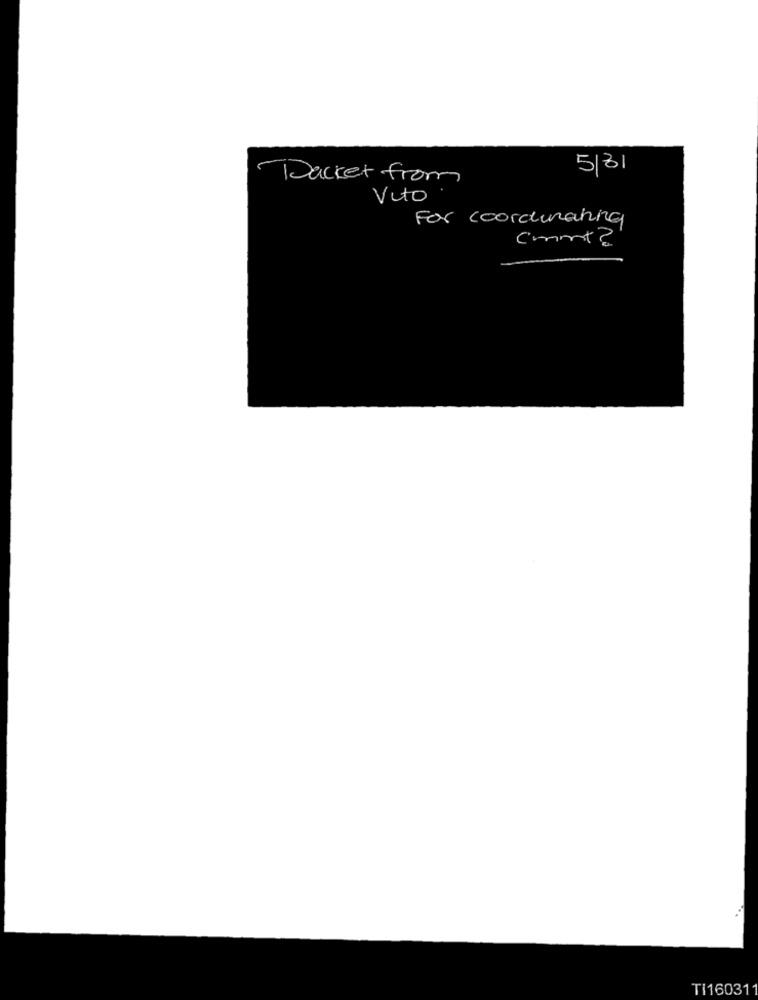
5/31
Packet from
Vito
For coordinating
Cont2
Ti160311